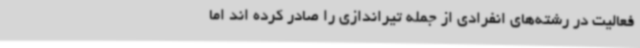
فعالیت در رشته‌های انفرادی از جمله تیراندازی را صادر کرده اند اما